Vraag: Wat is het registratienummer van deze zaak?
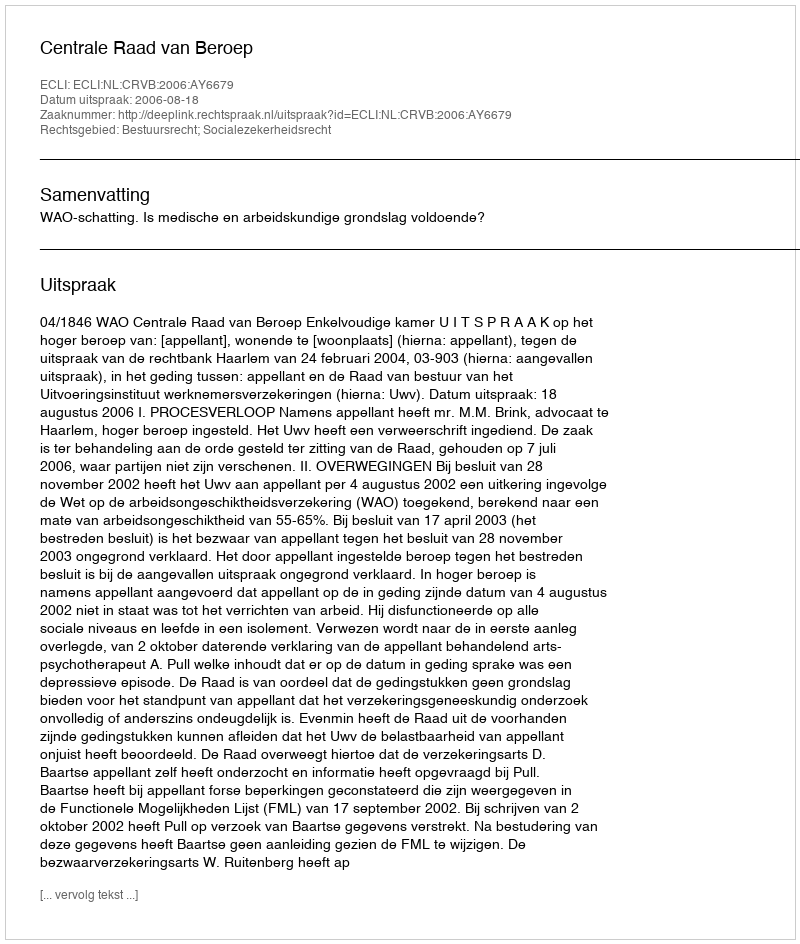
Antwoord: http://deeplink.rechtspraak.nl/uitspraak?id=ECLI:NL:CRVB:2006:AY6679